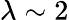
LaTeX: \lambda\sim 2